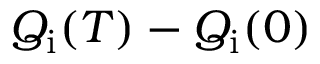
Q _ { \mathrm { i } } ( T ) - Q _ { \mathrm { i } } ( 0 )